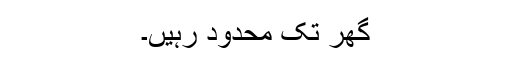
گھر تک محدود رہیں۔